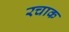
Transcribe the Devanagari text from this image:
रचाक